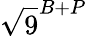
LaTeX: \sqrt{9}^{B+P}